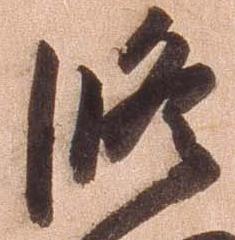
修